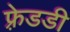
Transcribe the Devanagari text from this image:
फ़्रेडडी